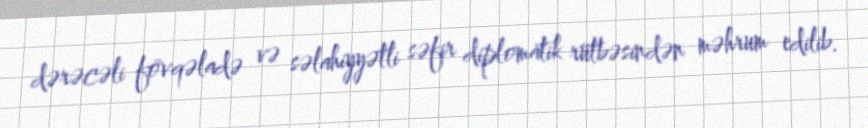
dərəcəli fövqəladə və səlahiyyətli səfir diplomatik rütbəsindən məhrum edilib.